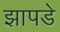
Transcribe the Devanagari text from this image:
झापडे